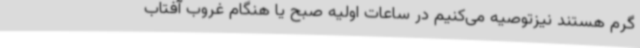
گرم هستند نیزتوصیه می‌کنیم در ساعات اولیه صبح یا هنگام غروب آفتاب